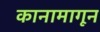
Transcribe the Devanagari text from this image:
कानामागून